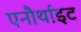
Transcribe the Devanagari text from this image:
एनौर्थाइट